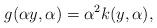
LaTeX: \begin{align*}g(\alpha y,\alpha) = \alpha^2 k(y,\alpha),\end{align*}